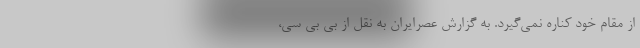
از مقام خود کناره نمی‌گیرد. به گزارش عصرایران به نقل از بی بی سی،